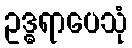
ဥဒ္ဓရာပေသုံ